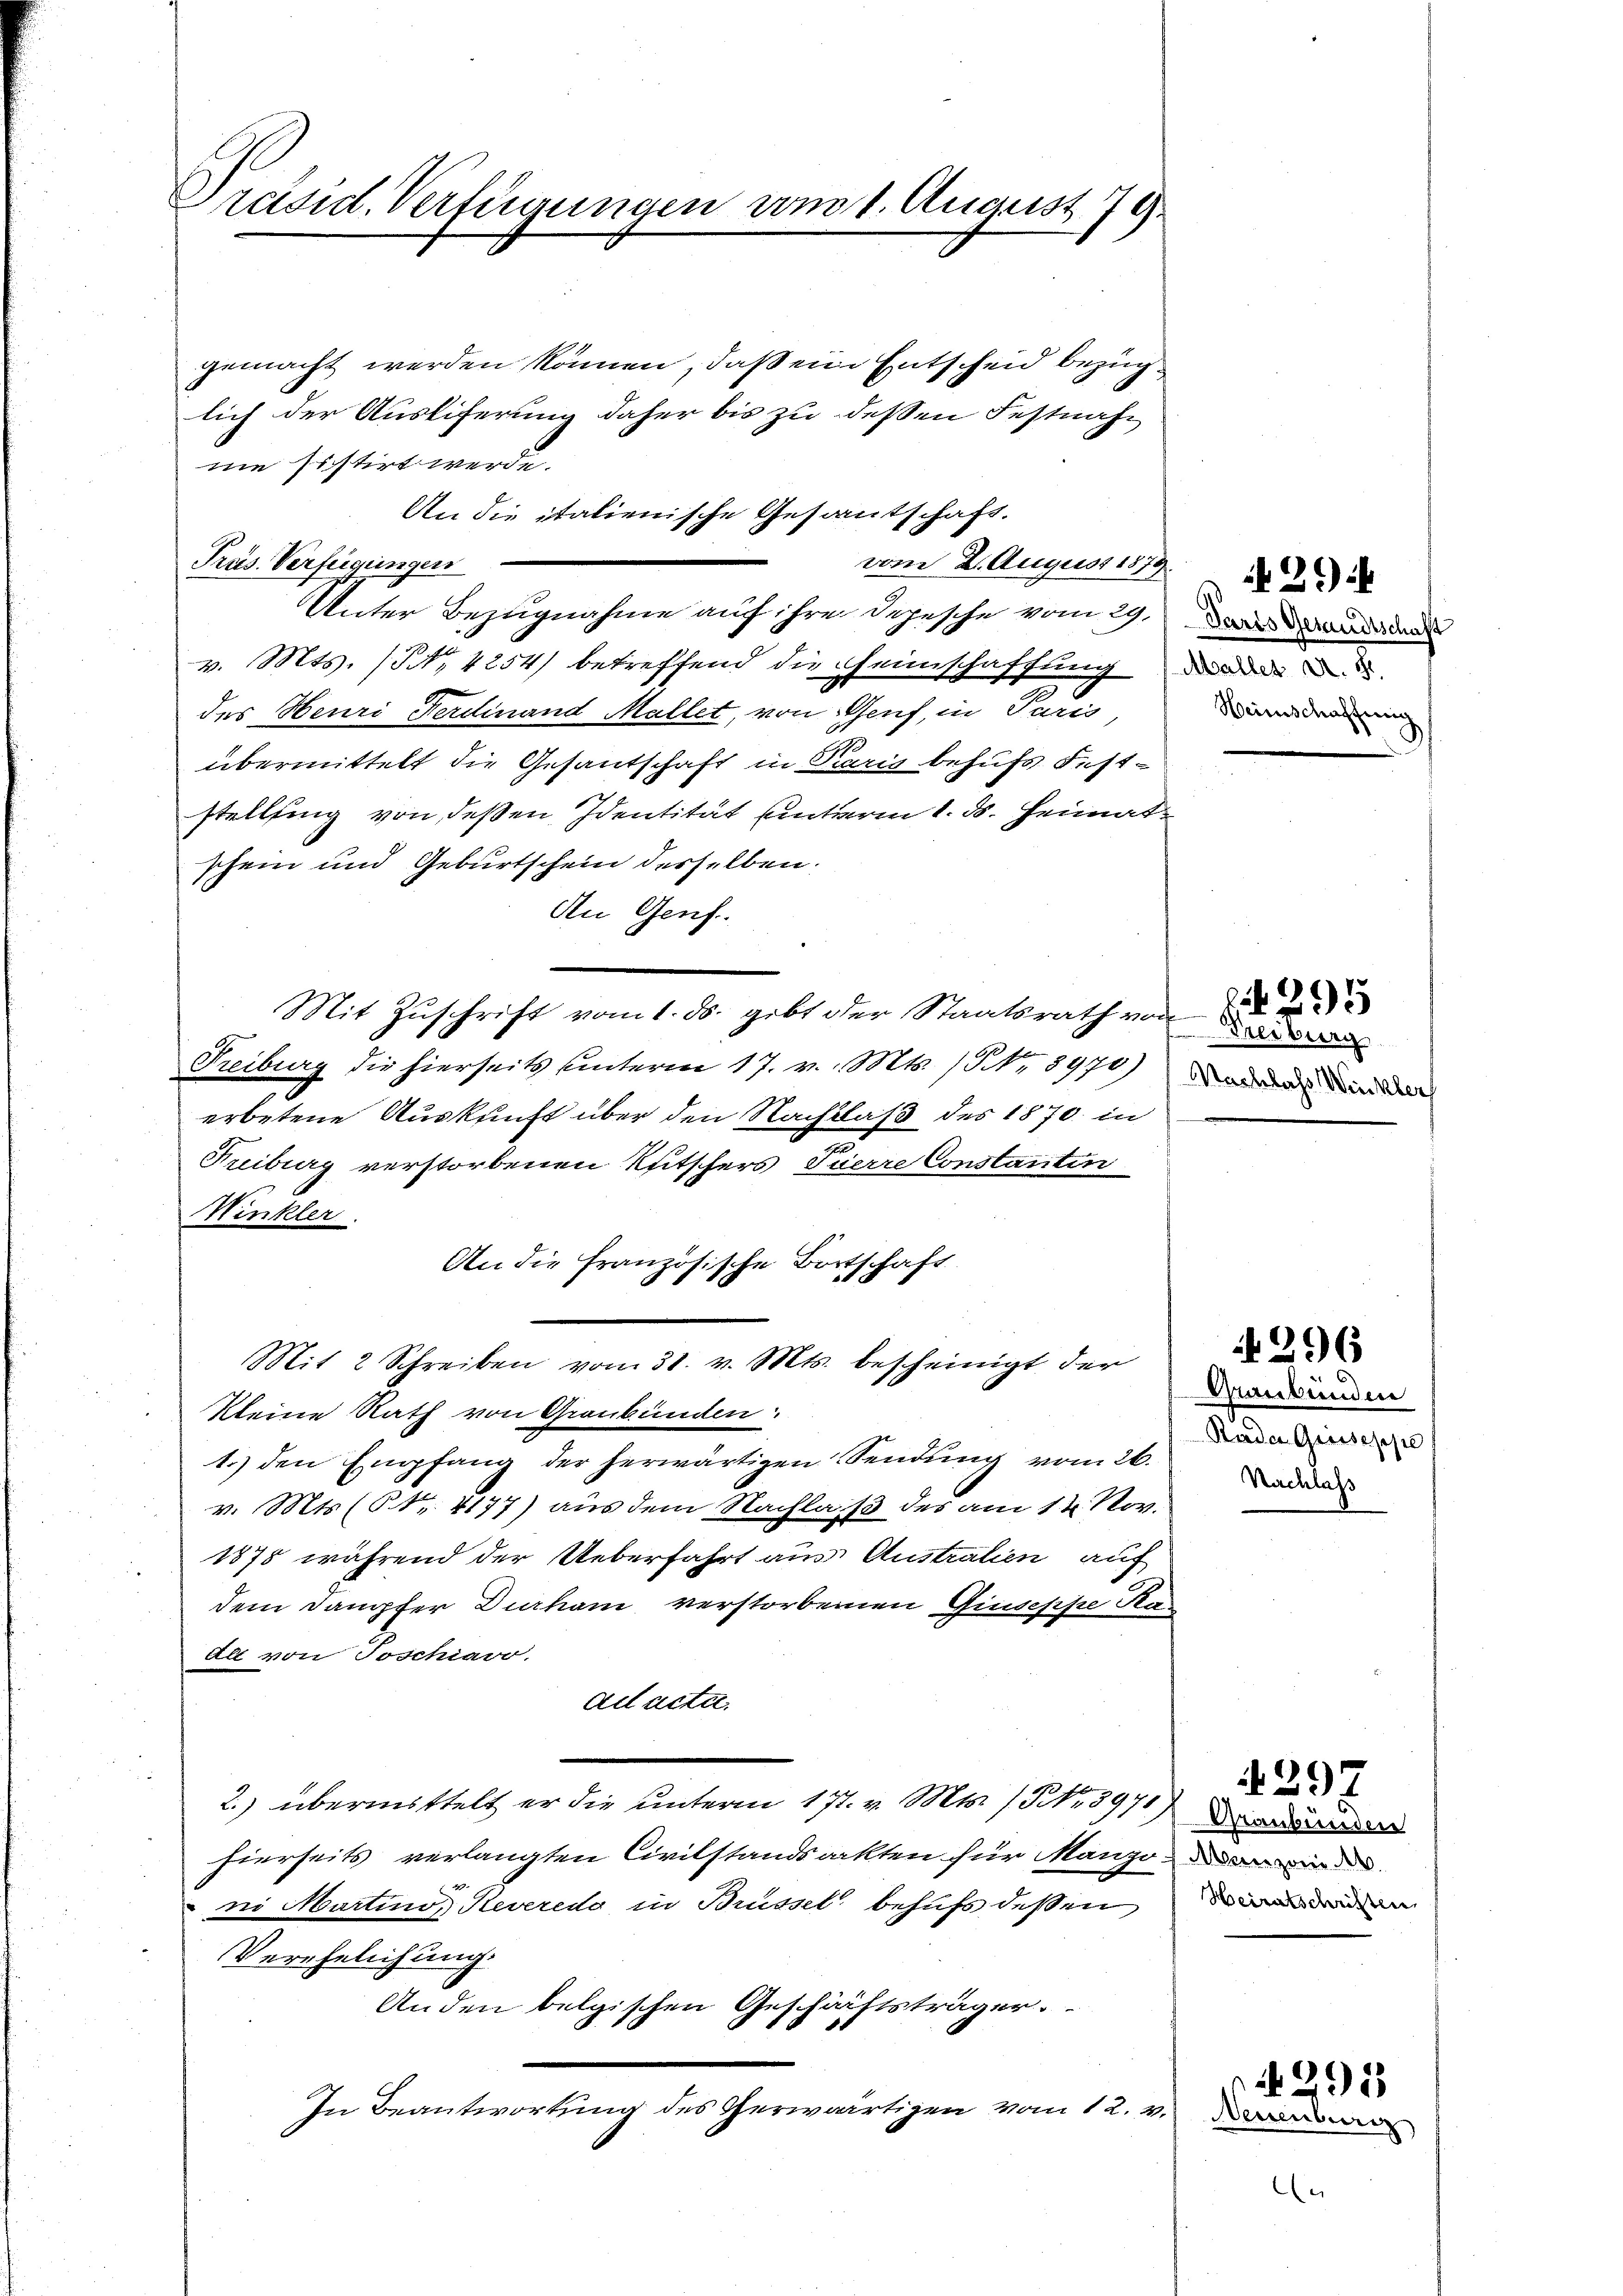
Präsid. Verfügungen vom 1. August 179

gemacht werden können, daß eine Entscheid bezug
lich der Ausliferung daher bis zu dessen Festnahmie sistirt werde.
An die italienische Gesantschaft.
Unter Bezugnahme auf ihre Depesche vom 29.
v. Mts. (S. 4254) betreffend die Heimschaffung der
des Neuri Ferdinand Mallet, von Genf, in Paris,
übermittelt die Gesantschaft in Paris behufs Feststellung von deßen Identität unterm 1. ds. Heimat
schein und Geburtschein desselben:
An Genf.
Mit Zuschrift vom 1. ds. gibt der Staatsrath von
Freiburg die hierseits unterm 17. v. Mts. S. 8970)
erbetene Auskunft über den Nachlaß des 1870 in
Freiburg verstorbenen Reitschers Tuerre Constantin
Winkler
An die französische Botschaft
Mit 2 Schreiben vom 31. v. Mts. bescheinigt der
kleine Rath von Graubünden.
1.) den Empfang der herwärtigen Sendung vom 26.
v. Mts. (N. 4177) aus dem Nachlaß des am 12. Nov.
1878 während der Ueberfahrt aus Australien auf
dem Dampfer Durham verstorbenen Giuseppe Kas
All von Toschiavo.
ad acta.
2.) übermittelt er die unterm 17. v. Mts. 15 No 3971)
hierseits verlangten Civilstandsackten für Manzen we
ni Martino Reveredo in Brüssel behufs dessen
Verehelichung.
Anden belgischen Geschäftsträger.
In Beantwortung des Gerwärtigen vom 12. v.

Präs. Verfügungen

vom 2. August 1870

Paris Gesandtschaft
Heimschaffung
9

Freiburg
Nachlass Winkler

Graubünden
Raden Grosseppe
Nachlass

Graubünden
Heiratschriften

Weizer

29:

5

296

4397

295

¬